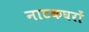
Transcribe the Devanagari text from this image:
नाटकघरों